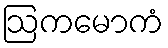
ဩကမောကံ